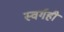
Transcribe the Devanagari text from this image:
स्वर्गही